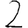
Digit: 2